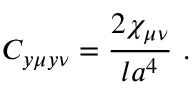
C _ { y \mu y \nu } = { \frac { 2 \chi _ { \mu \nu } } { l a ^ { 4 } } } \ .